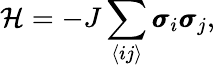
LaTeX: \mathcal{H}=-J\sum_{\langle ij\rangle}\pmb{\sigma}_{i}\pmb{\sigma}_{j},